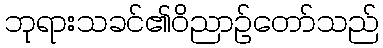
ဘုရားသခင်၏ဝိညာဉ်တော်သည်